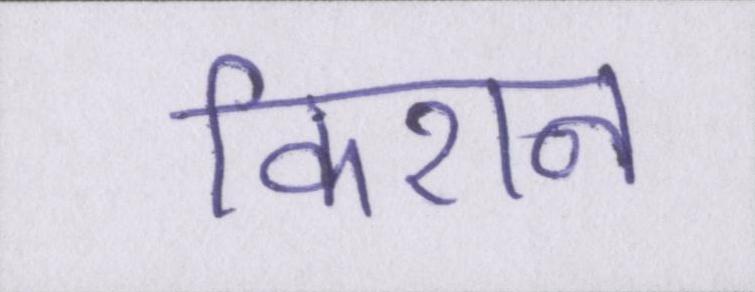
किशन